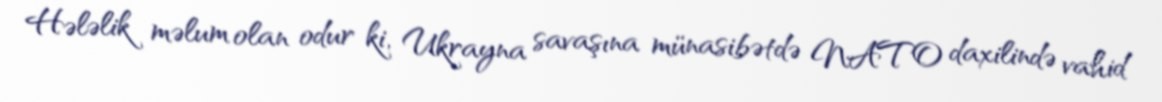
Hələlik məlum olan odur ki, Ukrayna savaşına münasibətdə NATO daxilində vahid